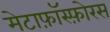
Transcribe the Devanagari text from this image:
मेटाफ़ॉस्फ़ोरस